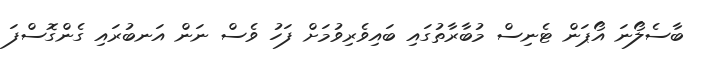
ބާސެލޯނަ އޯޕަން ޓެނިސް މުބާރާތުގައި ބައިވެރިވުމަށް ފަހު ވެސް ނަން އަނބުރައި ގެންގޮސްފަ